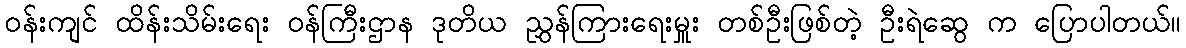
ဝန်းကျင် ထိန်းသိမ်းရေး ဝန်ကြီးဌာန ဒုတိယ ညွှန်ကြားရေးမှူး တစ်ဦးဖြစ်တဲ့ ဦးရဲဆွေ က ပြောပါတယ်။